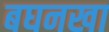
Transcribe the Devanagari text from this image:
बघनखा